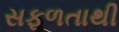
સફળતાથી